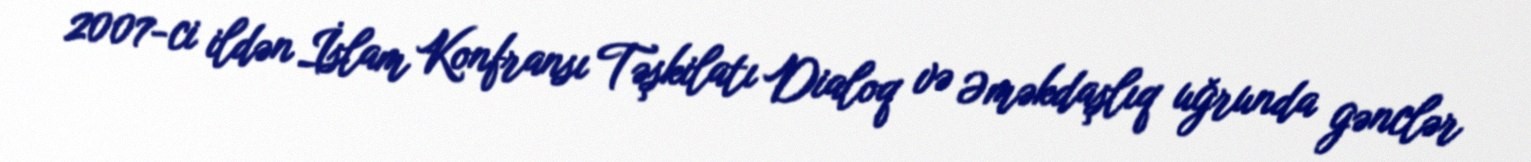
2007-ci ildən İslam Konfransı Təşkilatı Dialoq və Əməkdaşlıq uğrunda gənclər